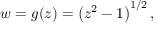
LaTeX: w = g ( z ) = \left( z ^ { 2 } - 1 \right) ^ { 1 / 2 } ,